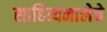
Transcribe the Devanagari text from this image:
साहित्यमालेचे